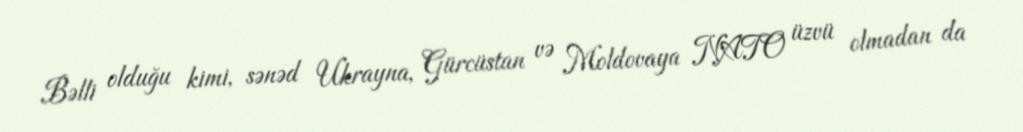
Bəlli olduğu kimi, sənəd Ukrayna, Gürcüstan və Moldovaya NATO üzvü olmadan da